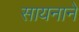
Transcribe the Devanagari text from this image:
सायनाने